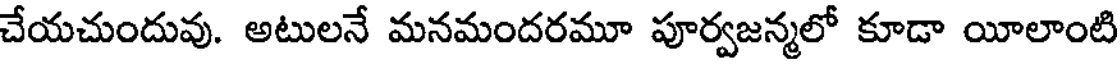
చేయచుందువు. అటులనే మనమందరమూ పూర్వజన్మలో కూడా యీలాంటి